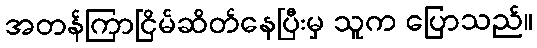
အတန်ကြာငြိမ်ဆိတ်နေပြီးမှ သူက ပြောသည်။